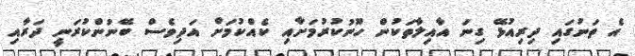
އެ ތަނުގައި ދިރިއުޅޭ ގިނަ އާއިލާތަކުން ހޫނުކުރުމަށާއި ކެއްކުމަށް އަދިވެސް ބޭނުންކުރަނީ ދަރާއި